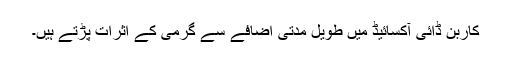
کاربن ڈائی آکسائیڈ میں طویل مدتی اضافے سے گرمی کے اثرات پڑتے ہیں۔